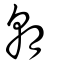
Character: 朝